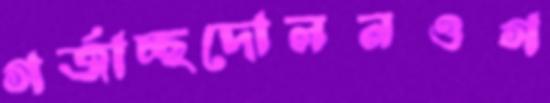
গর্‌জাচ্ছদোলনওগ